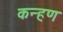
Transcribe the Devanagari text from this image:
कन्हण